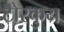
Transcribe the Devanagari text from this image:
टोरकुय